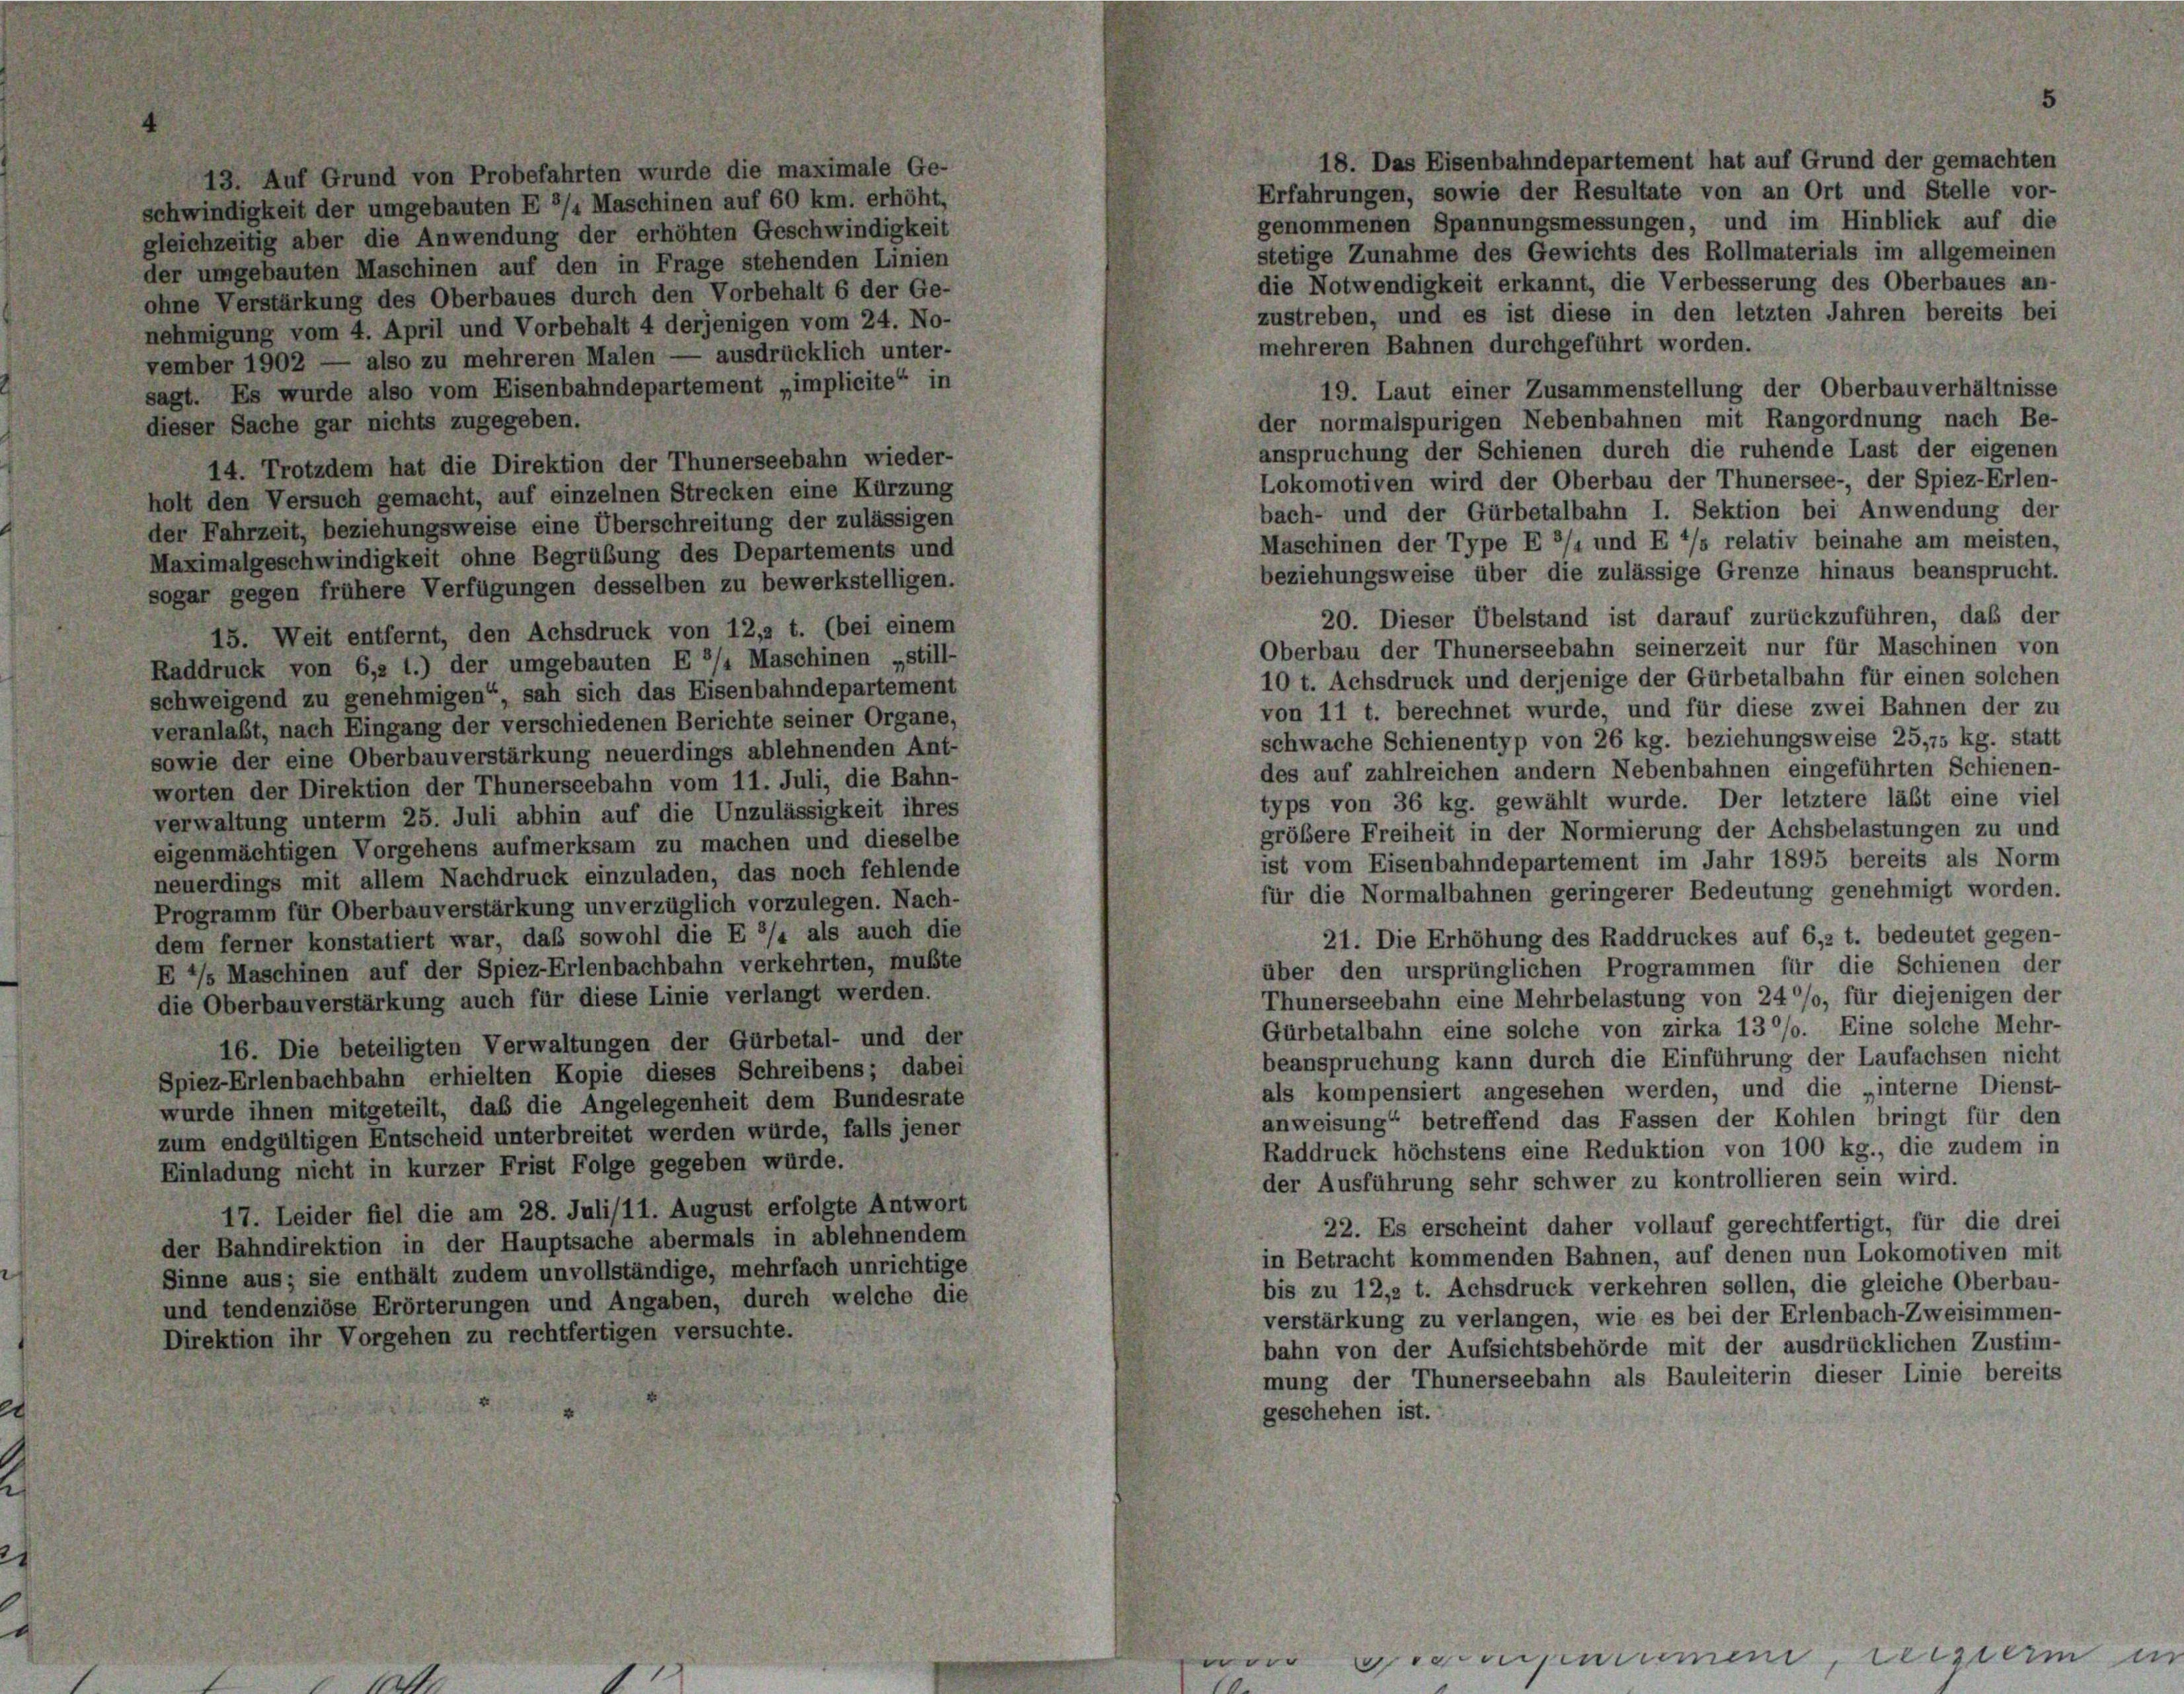
schwindigkeit der umgebauten E 3/4 Maschinen auf 60 km. erhöht,
gleichzeitig aber die Anwendung der erhöhten Geschwindigkeit
der umgebauten Maschinen auf den in Frage stehenden Linien
ohne Verstärkung des Oberbaues durch den Vorbehalt 6 der Ge-
nehmigung vom 4. April und Vorbehalt 4 derjenigen vom 24. No-
vember 1902 — also zu mehreren Malen — ausdrücklich unter-
sagt. Es wurde also vom Eisenbahndepartement „implicite“ in
dieser Sache gar nichts zugegeben.
14. Trotzdem hat die Direktion der Thunerseebahn wieder-
holt den Versuch gemacht, auf einzelnen Strecken eine Kürzung
der Fahrzeit, beziehungsweise eine Überschreitung der zulässigen
Maximalgeschwindigkeit ohne Begrübung des Departements und
sogar gegen frühere Verfügungen desselben zu bewerkstelligen.
15. Weit entfernt, den Achsdruck von 12,2 t. (bei einem
Raddruck von 6,2 1.) der umgebauten E 3/4 Maschinen „still-
schweigend zu genehmigen“, sah sich das Eisenbahndepartement
veranlaßt, nach Eingang der verschiedenen Berichte seiner Organe,
sowie der eine Oberbauverstärkung neuerdings ablehnenden Ant-
worten der Direktion der Thunerseebahn vom 11. Juli, die Bahn-
verwaltung unterm 25. Juli abhin auf die Unzulässigkeit ihres
eigenmächtigen Vorgehens aufmerksam zu machen und dieselbe
neuerdings mit allem Nachdruck einzuladen, das noch fehlende
Programm für Oberbauverstärkung unverzüglich vorzulegen. Nach-
dem ferner konstatiert war, daß sowohl die E 3/4 als auch die
E */s Maschinen auf der Spiez-Erlenbachbahn verkehrten, mußte
die Oberbauverstärkung auch für diese Linie verlangt werden.
16. Die beteiligten Verwaltungen der Gürbetal- und der
Spiez-Erlenbachbahn erhielten Kopie dieses Schreibens; dabei
wurde ihnen mitgeteilt, daß die Angelegenheit dem Bundesrate
zum endgültigen Entscheid unterbreitet werden würde, falls jener
Einladung nicht in kurzer Frist Folge gegeben würde.
17. Leider fiel die am 28. Juli/11. August erfolgte Antwort
der Bahndirektion in der Hauptsache abermals in ablehnendem
Sinne aus; sie enthält zudem unvollständige, mehrfach unrichtige
und tendenziöse Erörterungen und Angaben, durch welche die
Direktion ihr Vorgehen zu rechtfertigen versuchte.

18. Das Eisenbahndepartement hat auf Grund der gemachten
Erfahrungen, sowie der Resultate von an Ort und Stelle vor-
genommenen Spannungsmessungen, und im Hinblick auf die
stetige Zunahme des Gewichts des Rollmaterials im allgemeinen
die Notwendigkeit erkannt, die Verbesserung des Oberbaues an-
zustreben, und es ist diese in den letzten Jahren bereits bei
mehreren Bahnen durchgeführt worden.
19. Laut einer Zusammenstellung der Oberbauverhältnisse
der normalspurigen Nebenbahnen mit Rangordnung nach Be-
anspruchung der Schienen durch die ruhende Last der eigenen
Lokomotiven wird der Oberbau der Thunersee-, der Spiez-Erlen-
bach- und der Gürbetalbahn I. Sektion bei Anwendung der
Maschinen der Type E 3/4 und E */s relativ beinahe am meisten,
beziehungsweise über die zulässige Grenze hinaus beansprucht.
20. Dieser Übelstand ist darauf zurückzuführen, das der
Oberbau der Thunerseebahn seinerzeit nur für Maschinen von
10 t. Achsdruck und derjenige der Gürbetalbahn für einen solchen
von 11 t. berechnet wurde, und für diese zwei Bahnen der zu
schwache Schienentyp von 26 kg. beziehungsweise 25,75 kg. statt
des auf zahlreichen andern Nebenbahnen eingeführten Schienen-
typs von 36 kg. gewählt wurde. Der letztere läßt eine viel
größere Freiheit in der Normierung der Achsbelastungen zu und
ist vom Eisenbahndepartement im Jahr 1895 bereits als Norm
für die Normalbahnen geringerer Bedeutung genehmigt worden.
21. Die Erhöhung des Raddruckes auf 6,2 t. bedeutet gegen-
über den ursprünglichen Programmen für die Schienen der
Thunerseebahn eine Mehrbelastung von 24°/o, für diejenigen der
Gürbetalbahn eine solche von zirka 13°/o. Eine solche Mehr-
beanspruchung kann durch die Einführung der Laufachsen nicht
als kompensiert angesehen werden, und die „interne Dienst-
anweisung“ betreffend das Fassen der Kohlen bringt für den
Raddruck höchstens eine Reduktion von 100 kg., die zudem in
der Ausführung sehr schwer zu kontrollieren sein wird.
22. Es erscheint daher vollauf gerechtfertigt, für die drei
in Betracht kommenden Bahnen, auf denen nun Lokomotiven mit
bis zu 12,2 t. Achsdruck verkehren sollen, die gleiche Oberbau-
verstärkung zu verlangen, wie es bei der Erlenbach-Zweisimmen-
bahn von der Aufsichtsbehörde mit der ausdrücklichen Zustim-
mung der Thunerseebahn als Bauleiterin dieser Linie bereits
geschehen ist.